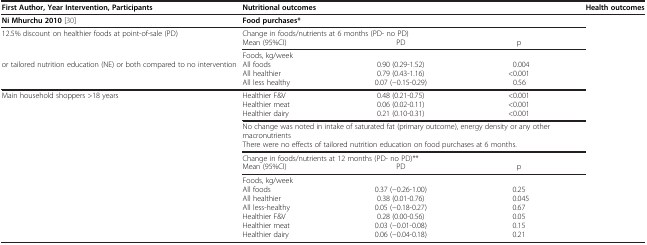
| First Author, Year Intervention, Participants | <COLSPAN=3> Nutritional outcomes | Health outcomes |
 | --- | --- | --- | --- | --- |
 | Ni Mhurchu 2010[30] | <COLSPAN=3> Food purchases* |  |
 | 12.5% discount on healthier foods at point-of-sale (PD) | <COLSPAN=3> Change in foods/nutrients at 6 months (PD- no PD) |  |
 |  | Mean (95%CI) | PD | p |  |
 |  | Foods, kg/week |  |  |  |
 | or tailored nutrition education (NE) or both compared to no intervention | All foods | 0.90 (0.29-1.52) | 0.004 |  |
 |  | All healthier | 0.79 (0.43-1.16) | <0.001 |  |
 |  | All less healthy | 0.07 (−0.15-0.29) | 0.56 |  |
 | Main household shoppers >18 years | Healthier F&V | 0.48 (0.21-0.75) | <0.001 |  |
 |  | Healthier meat | 0.06 (0.02-0.11) | <0.001 |  |
 |  | Healthier dairy | 0.21 (0.10-0.31) | <0.001 |  |
 |  | <COLSPAN=3> No change was noted in intake of saturated fat (primary outcome), energy density or any other macronutrients |  |
 |  | <COLSPAN=3> There were no effects of tailored nutrition education on food purchases at 6 months. |  |
 |  | <COLSPAN=3> Change in foods/nutrients at 12 months (PD- no PD)** |  |
 |  | Mean (95%CI) | PD | p |  |
 |  | Foods, kg/week |  |  |  |
 |  | All foods | 0.37 (−0.26-1.00) | 0.25 |  |
 |  | All healthier | 0.38 (0.01-0.76) | 0.045 |  |
 |  | All less-healthy | 0.05 (−0.18-0.27) | 0.67 |  |
 |  | Healthier F&V | 0.28 (0.00-0.56) | 0.05 |  |
 |  | Healthier meat | 0.03 (−0.01-0.08) | 0.15 |  |
 |  | Healthier dairy | 0.06 (−0.04-0.18) | 0.21 |  |